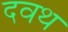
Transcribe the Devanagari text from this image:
दवथ